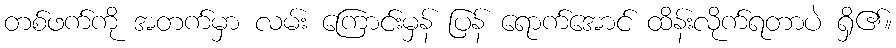
တစ်ဖက်ကို အတက်မှာ လမ်း ကြောင်းမှန် ပြန် ရောက်အောင် ထိန်းလိုက်ရတာပဲ ရှိ၏။